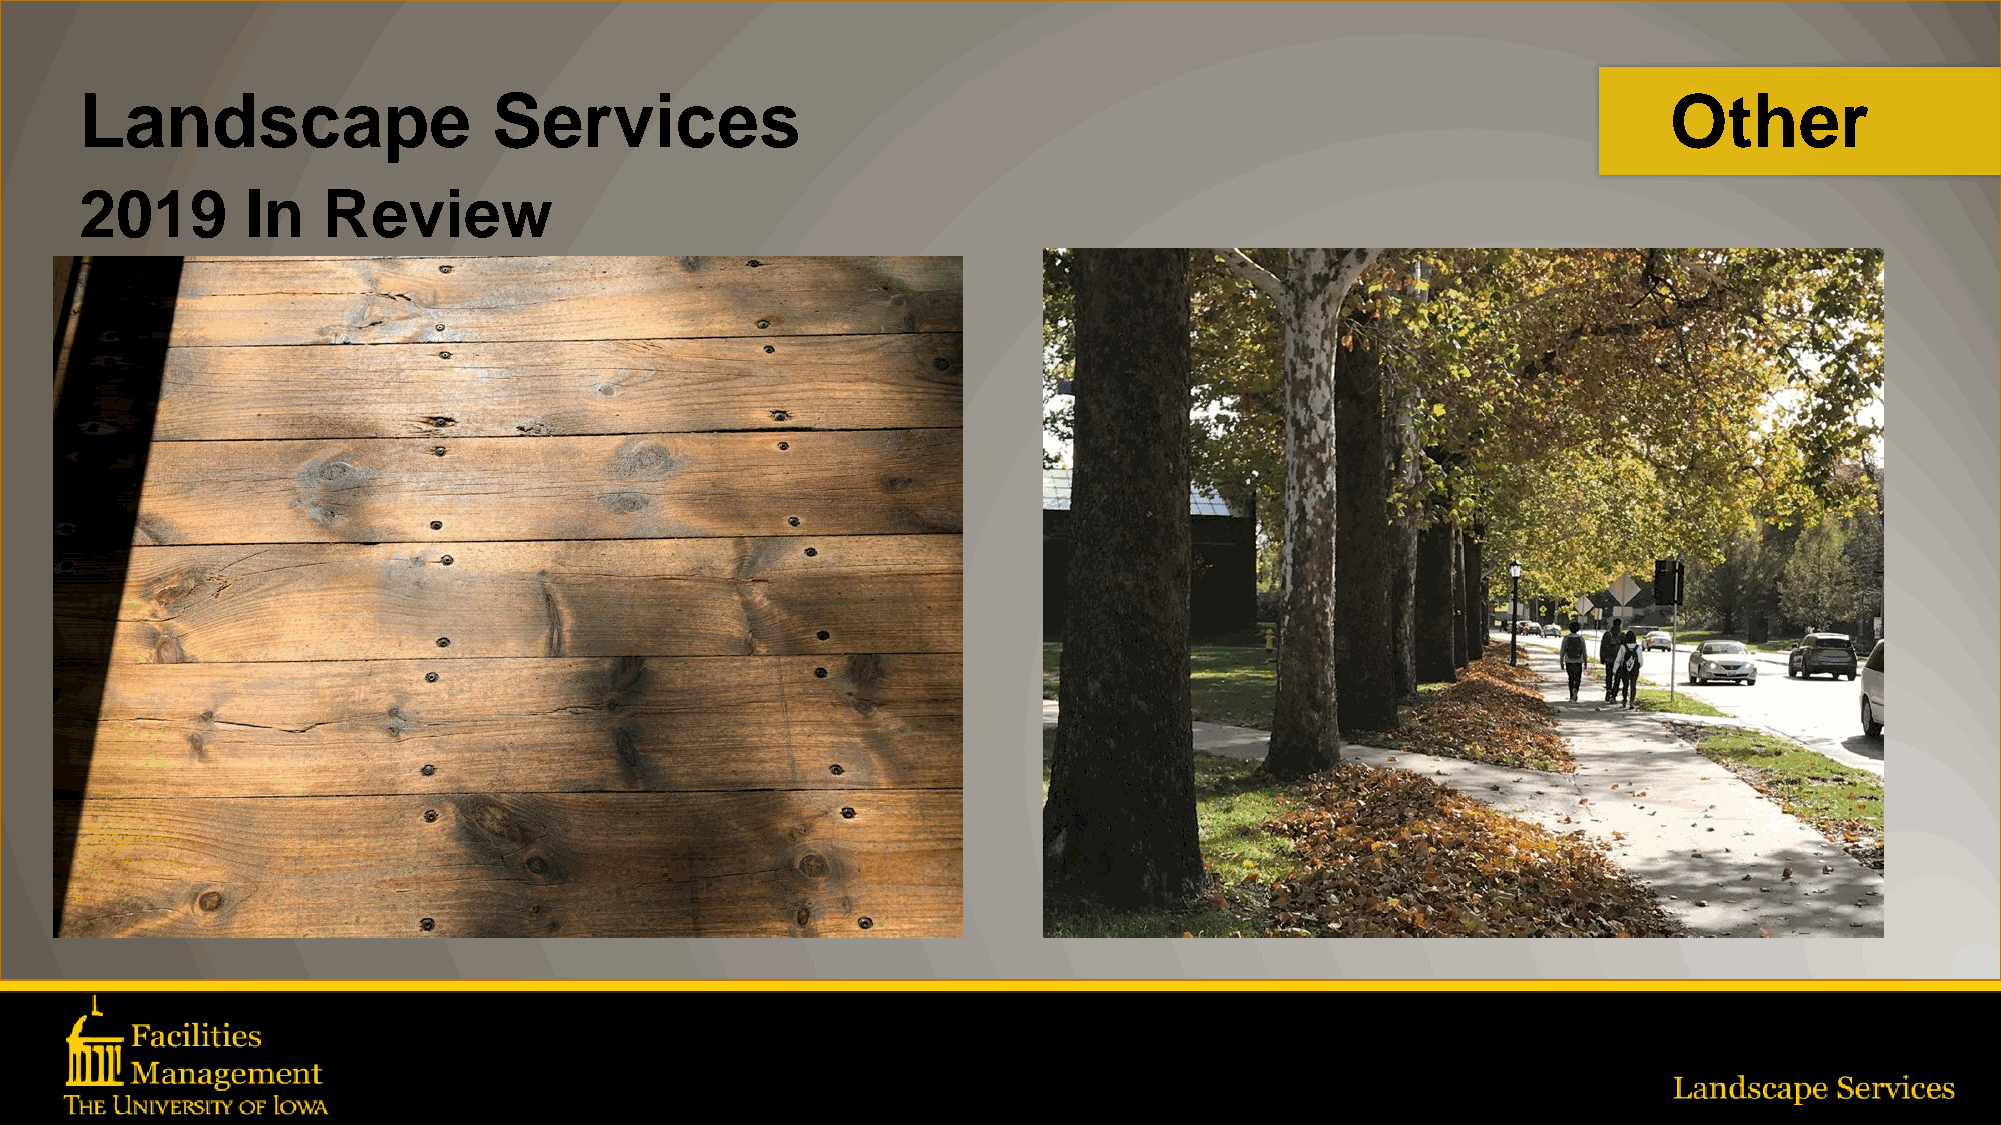
Landscape                   Services                                                                     Other
 2019       In   Review